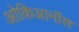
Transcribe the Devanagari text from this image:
ओकिआनॉस